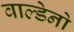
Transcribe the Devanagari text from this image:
वाल्डेनो